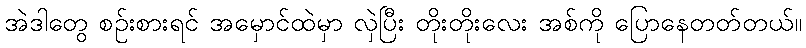
အဲဒါတွေ စဉ်းစားရင် အမှောင်ထဲမှာ လှဲပြီး တိုးတိုးလေး အစ်ကို ပြောနေတတ်တယ်။